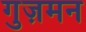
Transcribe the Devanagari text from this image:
गुज़मन